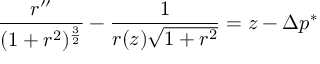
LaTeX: { \frac { r ^ { \prime \prime } } { ( 1 + r ^ { 2 } ) ^ { \frac { 3 } { 2 } } } } - { \frac { 1 } { r ( z ) { \sqrt { 1 + r ^ { 2 } } } } } = z - \Delta p ^ { * }